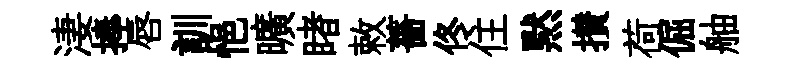
淒捧唇訓悒曠睹敕薔佟住黙攅荷倔舳